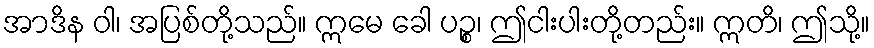
အာဒိန ဝါ၊ အပြစ်တို့သည်။ ဣမေ ခေါ ပဉ္စ၊ ဤငါးပါးတို့တည်း။ ဣတိ၊ ဤသို့။